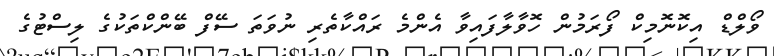
ވޯލްޑް އިކޮނޮމިކް ފޯރަމުން ހޮވާލާފައިވާ އެންމެ ރައްކާތެރި ނުވަތަ ސޭފް ބޭންކްތަކުގެ ލިސްޓުގެ